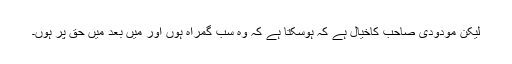
لیکن مودودی صاحب کاخیال ہے کہ ہوسکتا ہے کہ وہ سب گمراہ ہوں اور میں بعد میں حق پر ہوں۔